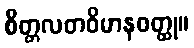
စိတ္တလတဝိမာနဝတ္ထု။